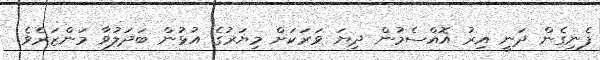
ފެނިގެން ދަނީ އިރު އޮއްސެމުން ދިޔަ ވަރަކަށް މިޔަރުގެ އުޅުން ބަދަލުވާ މަންޒަރެވެ.